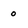
Character: o